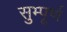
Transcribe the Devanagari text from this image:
सुम्पूर्ण